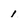
Character: 1